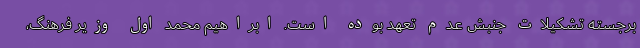
برجسته تشکیلات جنبش عدم تعهد بوده است. ابراهیم محمد اول وزیر فرهنگ،